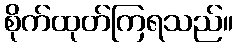
စိုက်ထုတ်ကြရသည်။